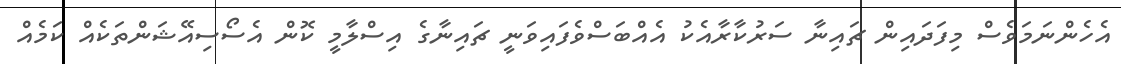
އެހެންނަމަވެސް މިފަދައިން ޗައިނާ ސަރުކާރާއެކު އެއްބަސްވެފައިވަނީ ޗައިނާގެ އިސްލާމީ ކޮން އެސޯސިއޭޝަންތަކެއް ކަމެއް